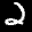
Label: 2